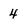
Character: 4